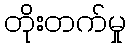
တိုးတက်မှု